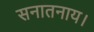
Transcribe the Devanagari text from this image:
सनातनाय।